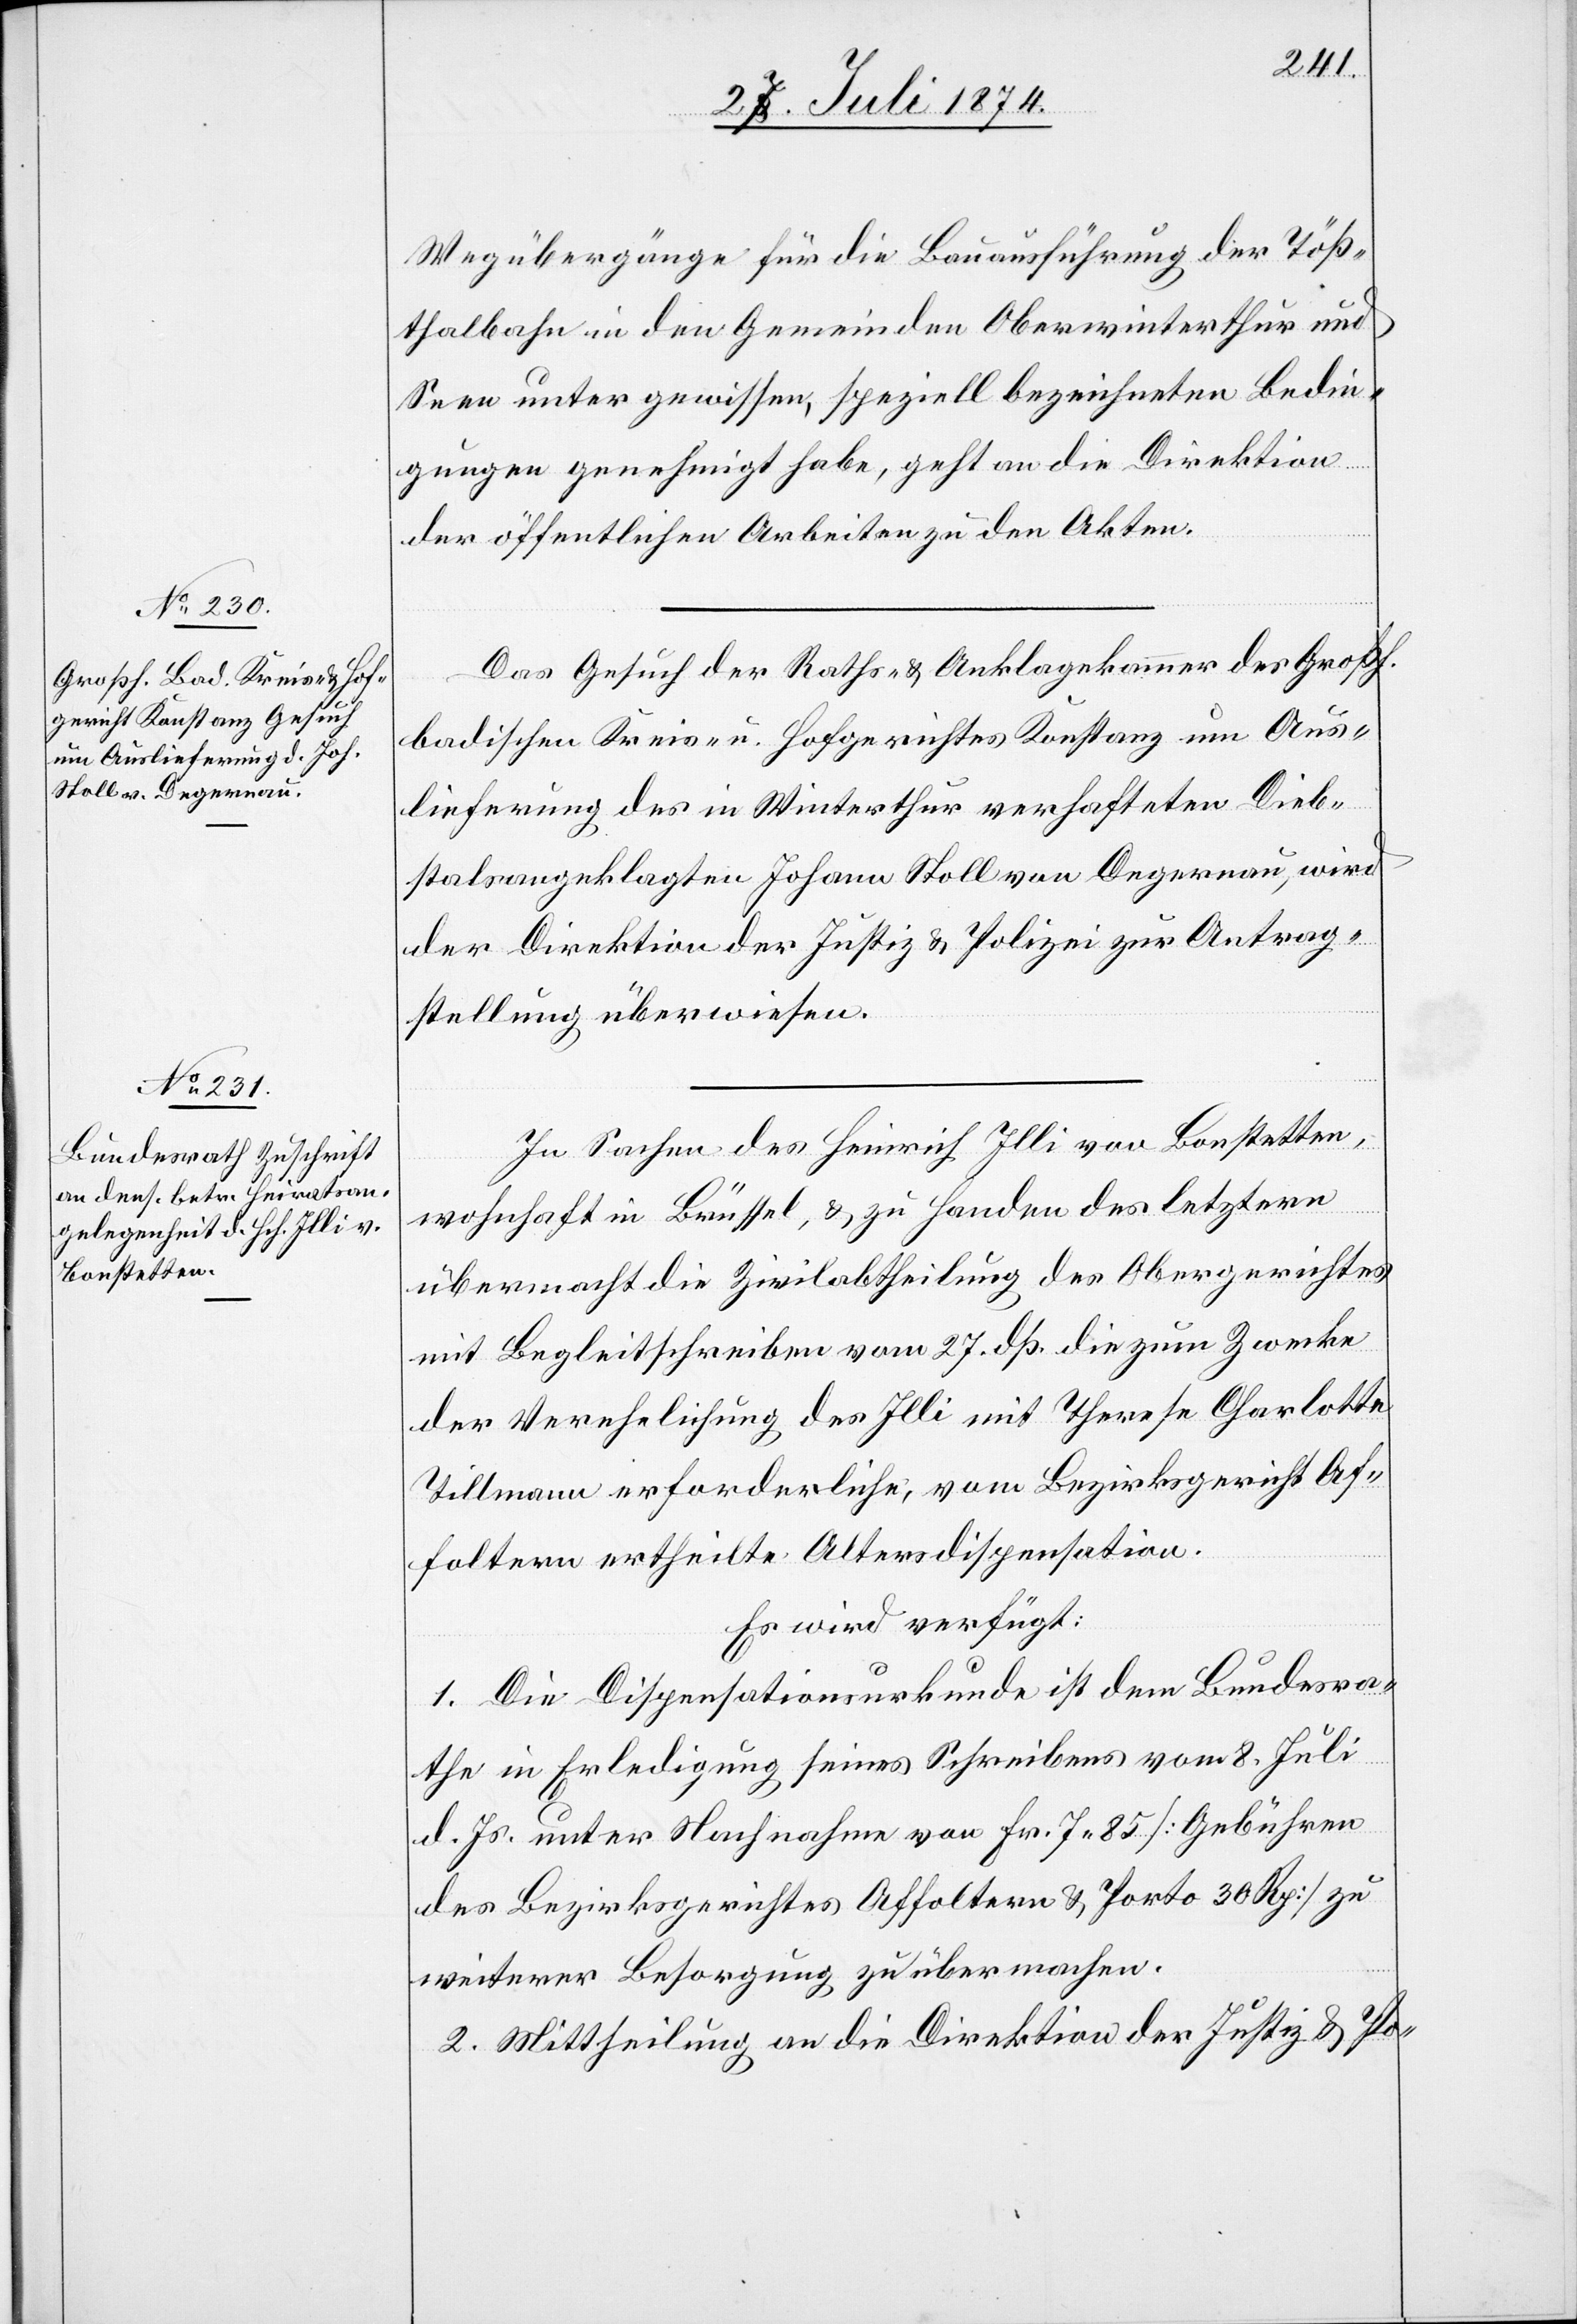
28. Juli 1874.]
Wegübergänge für die Bauausführung der Töß¬
thalbahn in den Gemeinden Oberwinterthur und
Seen unter gewissen, speziell bezeichneten Bedin¬
gungen genehmigt habe, geht an die Direktion
der öffentlichen Arbeiten zu den Akten.
Das Gesuch der Raths- u. Anklagekammer des Großh.
badischen Kreis- u. Hofgerichtes Konstanz um Aus¬
lieferung des in Winterthur verhafteten Dieb¬
stalsangeklagten Johann Stoll von Degernau, wird
der Direktion der Justiz u. Polizei zur Antrag¬
stellung überwiesen.
In Sachen des Heinrich Illi von Bonstetten,
wohnhaft in Brüssel, u. zu Handen des letztern
übermacht die Zivilabtheilung des Obergerichtes
mit Begleitschreiben vom 27. dß. die zum Zwecke
der Verehelichung des Illi mit Therese Charlotte
Tillmann erforderliche, vom Bezirksgericht Af¬
foltern ertheilte Altersdispensation.
Es wird verfügt:
1. Die Dispensationsurkunde ist dem Bundesra¬
the in Erledigung seines Schreibens vom 8. Juli
d. Js. unter Nachnahme von Fr. 7.85 [Gebühren
des Bezirksgerichtes Affoltern u. Porto 30 Rp.] zu
weiterer Besorgung zu übermachen.
2. Mittheilung an die Direktion der Justiz u. Po-